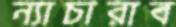
ন্যাচারাব